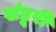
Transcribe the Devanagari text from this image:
खंडूरी